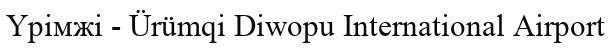
Үрімжі - Ürümqi Diwopu International Airport